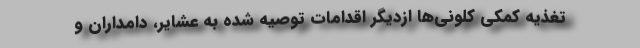
تغذیه کمکی کلونی‌ها ازدیگر اقدامات توصیه شده به عشایر، دامداران و